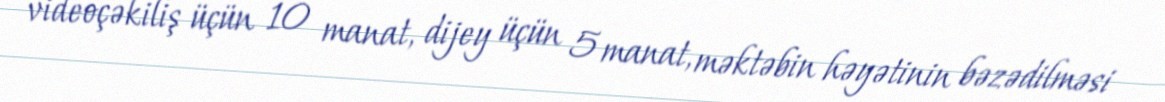
videoçəkiliş üçün 10 manat, dijey üçün 5 manat, məktəbin həyətinin bəzədilməsi